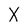
Character: X